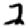
Digit: 2